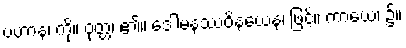
ပဟာနံ၊ ကို။ ဝုတ္တံ၊ ၏။ ဒေါမနဿဝိနယေန၊ ဖြင့်။ ကာယေ၊ ၌။